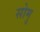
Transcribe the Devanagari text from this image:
सोमु